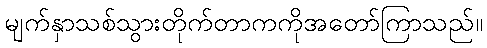
မျက်နှာသစ်သွားတိုက်တာကကိုအတော်ကြာသည်။